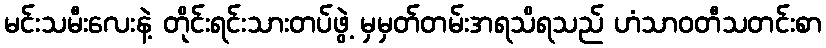
မင်းသမီးလေးနဲ့ တိုင်းရင်းသားတပ်ဖွဲ့ မှမှတ်တမ်းအရသိရသည် ဟံသာဝတီသတင်းစာ